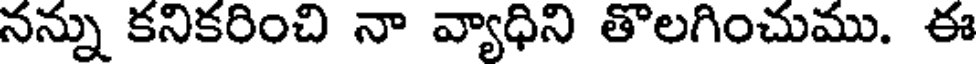
నన్ను కనికరించి నా వ్యాధిని తొలగించుము. ఈ